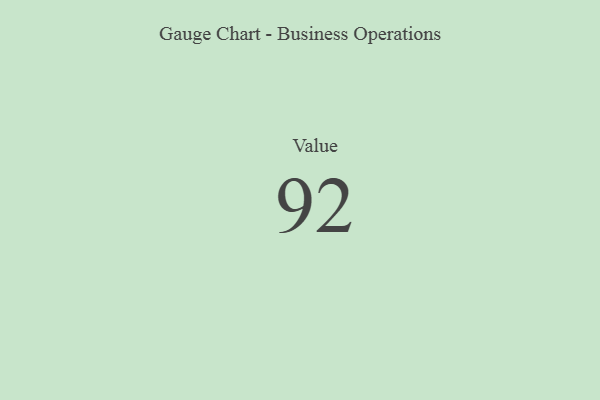
{"axis": {"x": "Metric", "y": "Value"}, "legend": [""], "data": [{"x": "Value", "y": 92, "type": ""}]}